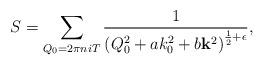
LaTeX: \begin{align*}S=\sum_{Q_0=2\pi n i T}\frac{1}{\left(Q_0^2+ a k_0^2 + b {\bf k}^2\right)^{\frac 1 2+\epsilon}},\end{align*}